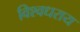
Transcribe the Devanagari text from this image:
विश्वधराय